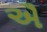
ઐ